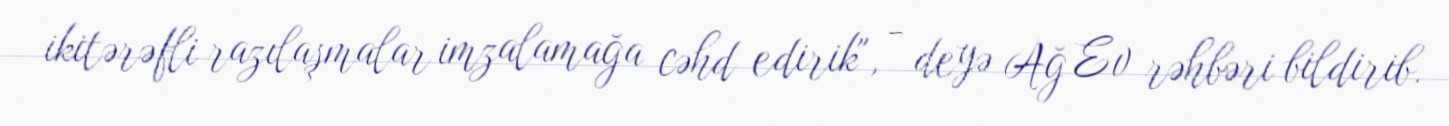
ikitərəfli razılaşmalar imzalamağa cəhd edirik", - deyə Ağ Ev rəhbəri bildirib.